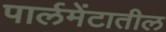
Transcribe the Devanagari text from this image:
पार्लमेंटातील